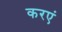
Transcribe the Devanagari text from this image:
करएं